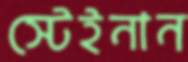
স্টেইনান